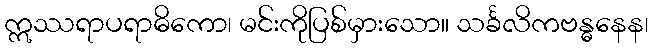
ဣဿရာပရာဓိကော၊ မင်းကိုပြစ်မှားသော။ သင်္ခလိကဗန္ဓနေန၊